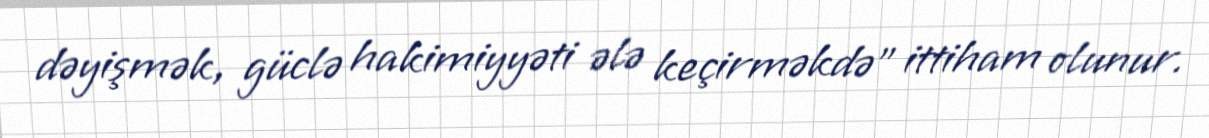
dəyişmək, güclə hakimiyyəti ələ keçirməkdə" ittiham olunur.